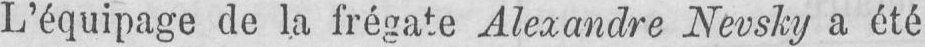
L’équipage de la frégate Alexandre Nevsky a été